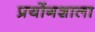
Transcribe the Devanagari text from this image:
प्रयोंगशाला